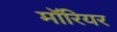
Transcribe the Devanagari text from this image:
मॉरियर